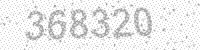
Solution: 368320